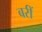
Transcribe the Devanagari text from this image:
बरीं